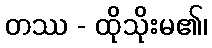
တဿ - ထိုသိုးမ၏၊